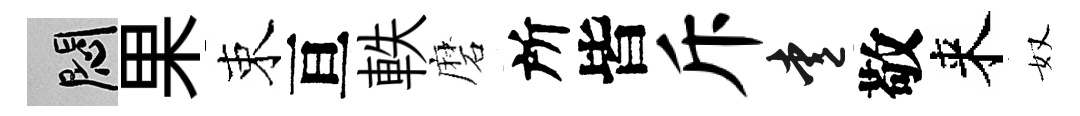
悶果束亘軼磨所皆斥愛敬来奴